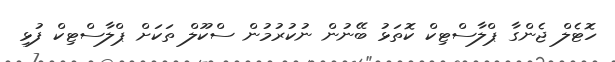
ހޮޓެލް ޖެންގާ ޕްލާސްޓިކް ކޮތަޅު ބޭނުން ނުކުރުމުން ސްކޫލް ތަކަށް ޕްލާސްޓިކް ފުޅި